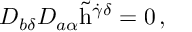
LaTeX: D _ { b \delta } D _ { a \alpha } \tilde { \mathrm { h } } ^ { \dot { \gamma } \delta } = 0 \, ,